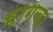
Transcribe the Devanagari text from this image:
भागचा